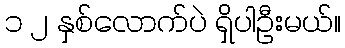
၁ ၂ နှစ်လောက်ပဲ ရှိပါဦးမယ်။